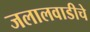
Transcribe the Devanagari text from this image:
जलालवाडीचे